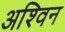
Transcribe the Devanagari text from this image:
अश्‍िवन